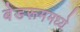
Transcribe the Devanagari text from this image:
बेडरूममध्ये